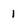
Character: 1